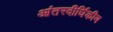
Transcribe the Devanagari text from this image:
आंतरदीर्घिकीय